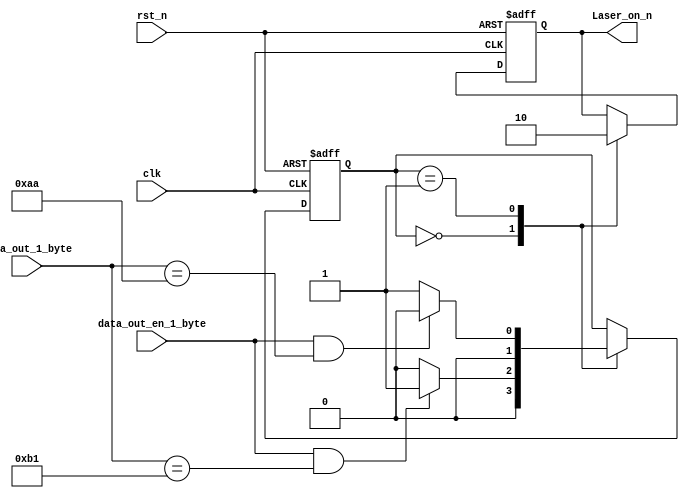
`timescale 1ns / 1ps
//////////////////////////////////////////////////////////////////////////////////
// Company: 
// Engineer: 
// 
// Design Name: 
// Module Name: laser_on_control
// Project Name: 
// Target Devices: 
// Tool Versions: 
// Description: 
// 
// Dependencies: 
// 
// Revision:
// Revision 0.01 - File Created
// Additional Comments:
// 
//////////////////////////////////////////////////////////////////////////////////


module laser_on_control(
input   clk,
input   rst_n,
input   [7:0]  data_out_1_byte,   
input       data_out_en_1_byte,
output reg Laser_on_n=1
);
reg [1:0] state=0;
localparam laser_en_off=2'd0;
localparam Laser_en_on=2'd1;
always@(posedge clk or negedge rst_n)
     begin
     if(!rst_n)    begin               
                    state<=laser_en_off;
               end
     else begin
            case(state)
                laser_en_off:state<=(data_out_en_1_byte&&(data_out_1_byte==8'hB1))?Laser_en_on:laser_en_off;
                Laser_en_on:state<=(data_out_en_1_byte&&(data_out_1_byte==8'hAA))?laser_en_off:Laser_en_on;
       default:         ;
            endcase
          end                 
   end     

always @(posedge clk or negedge rst_n)
         begin
         if(!rst_n)
            begin
             Laser_on_n<=1;	 
             end    
             else  begin        
     case(state)
             laser_en_off:
		begin	 
			   Laser_on_n<=1;	 
               end
			 
             Laser_en_on:	
			begin	 
			
             Laser_on_n<=0;
               end			
  
      default:begin    

               end
      endcase
    end  end
	
	
	endmodule